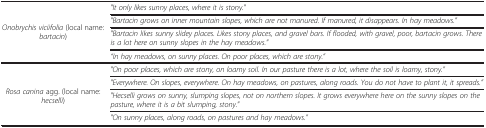
<table><thead><tr><td><b> </b></td><td><b> </b></td></tr></thead><tbody><tr><td rowspan="4"><i>Onobrychis viciifolia</i> (local name: <i>bartacin</i>)</td><td><i>&quot;It only likes sunny places, where it is stony.&quot;</i></td></tr><tr><td><i>&quot;Bartacin grows on inner mountain slopes, which are not manured. If manured, it disappears. In hay meadows.&quot;</i></td></tr><tr><td><i>&quot;Bartacin likes sunny slidey places. Likes stony places, and gravel bars. If flooded, with gravel, poor, bartacin grows. There is a lot here on sunny slopes in the hay meadows.&quot;</i></td></tr><tr><td><i>“In hay meadows, on sunny places. On poor places, which are stony.”</i></td></tr><tr><td rowspan="4"><i>Rosa canina</i> agg. (local name: <i>hecselli</i>)</td><td><i>&quot;On poor places, which are stony, on loamy soil. In our pasture there is a lot, where the soil is loamy, stony.”</i></td></tr><tr><td><i>&quot;Everywhere. On slopes, everywhere. On hay meadows, on pastures, along roads. You do not have to plant it, it spreads.”</i></td></tr><tr><td><i>&quot;Hecselli grows on sunny, slumping slopes, not on northern slopes. It grows everywhere here on the sunny slopes on the pasture, where it is a bit slumping, stony.&quot;</i></td></tr><tr><td><i>&quot;On sunny places, along roads, on pastures and hay meadows.”</i></td></tr></tbody></table>